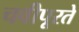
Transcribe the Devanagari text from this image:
चवीपूरते